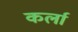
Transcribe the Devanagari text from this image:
कर्ला